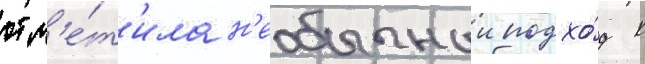
отм'е́т'ила н'еобычныи подхо́д к